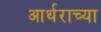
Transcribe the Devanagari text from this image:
आर्थराच्या